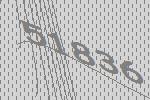
51836